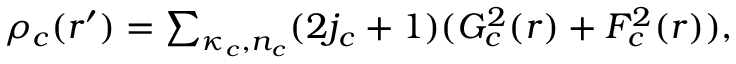
\begin{array} { r } { \rho _ { c } ( r ^ { \prime } ) = \sum _ { \kappa _ { c } , n _ { c } } ( 2 j _ { c } + 1 ) ( G _ { c } ^ { 2 } ( r ) + F _ { c } ^ { 2 } ( r ) ) , } \end{array}